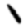
Digit: 1